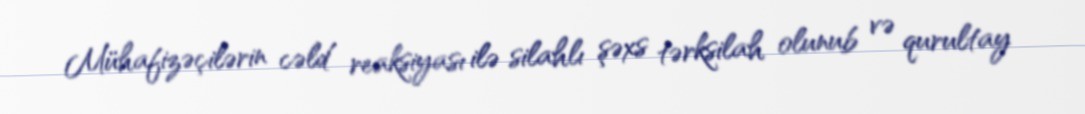
Mühafizəçilərin cəld reaksiyası ilə silahlı şəxs tərksilah olunub və qurultay